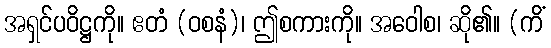
အရှင်ပဝိဋ္ဌကို။ ဧတံ (ဝစနံ)၊ ဤစကားကို။ အဝေါစ၊ ဆို၏။ (ကိံ